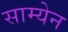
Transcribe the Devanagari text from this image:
साम्येन